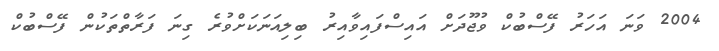
2004 ވަނަ އަހަރު ފޭސްބުކް ވުޖޫދަށް އައިސްފައިވާއިރު ބިލިއަނަކަށްވުރެ ގިނަ ފަރާތްތަކުން ފޭސްބުކް